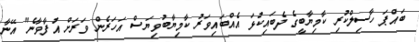
ބައްޕަ ހާސިލްކުރި ކާމިޔާބީގެ ދެބައިކުޅަ އެއްބައިވަރު ކާމިޔާބުވިޔަސް އަހަރެން ވަރަށް އުފާވާނެ" އޭނާ